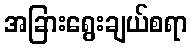
အခြားရွေးချယ်စရာ